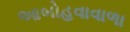
આબોહવાવાળા